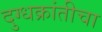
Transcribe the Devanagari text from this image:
दुग्धक्रांतीचा